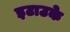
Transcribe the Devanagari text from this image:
इटाउके